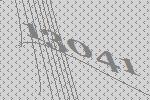
13041